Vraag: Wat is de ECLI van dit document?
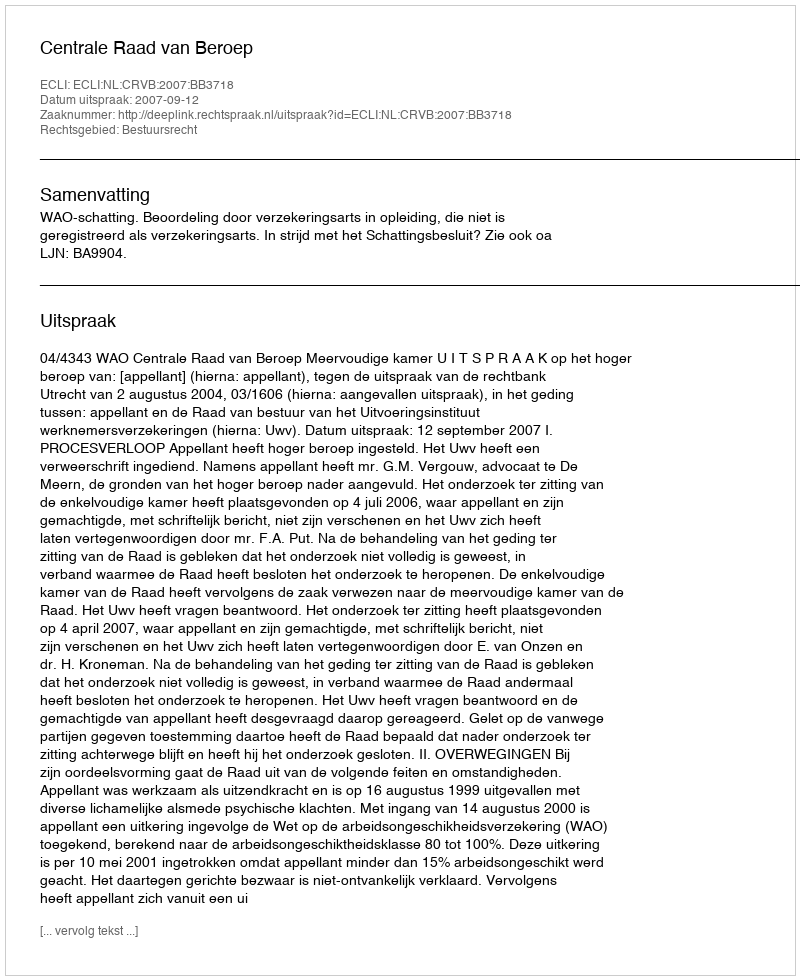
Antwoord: ECLI:NL:CRVB:2007:BB3718